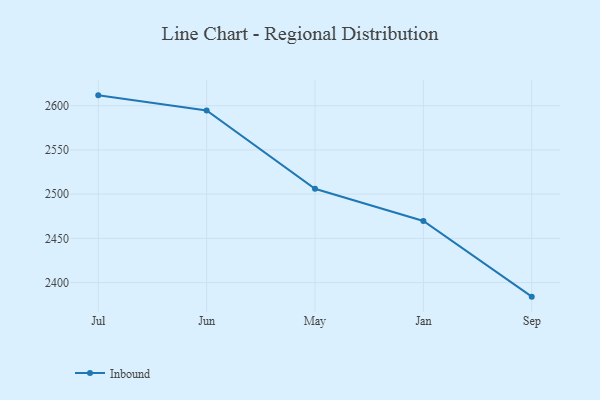
{"axis": {"x": "Month", "y": "Demand Index"}, "legend": ["Inbound"], "data": [{"x": "Jul", "y": 2611.7, "type": "Inbound"}, {"x": "Jun", "y": 2594.5, "type": "Inbound"}, {"x": "May", "y": 2506.1, "type": "Inbound"}, {"x": "Jan", "y": 2469.7, "type": "Inbound"}, {"x": "Sep", "y": 2384.1, "type": "Inbound"}]}